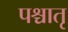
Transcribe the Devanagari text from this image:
पश्चातृ